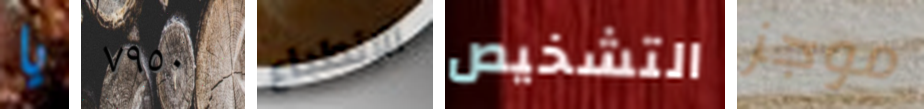
يا ٧٩٥٠ الانطباع التشخيص موجز